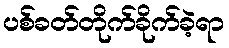
ပစ်ခတ်တိုက်ခိုက်ခဲ့ရာ